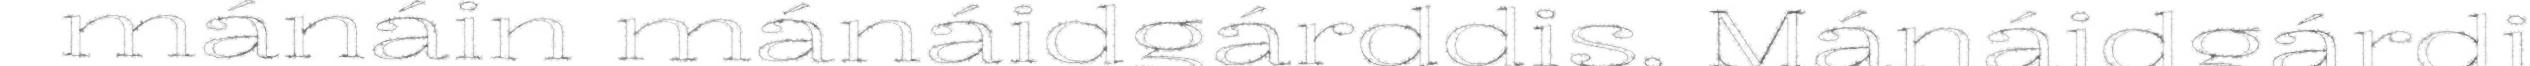
mánáin mánáidgárddis. Mánáidgárdi